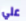
علي